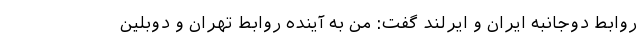
روابط دوجانبه ایران و ایرلند گفت: من به آینده روابط تهران و دوبلین